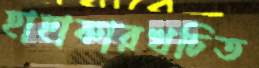
হাহাকারখচিত